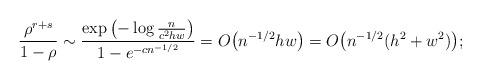
LaTeX: \begin{align*}\frac{\rho^{r+s}}{1-\rho}\sim\frac{\exp\left(-\log\tfrac{n}{c^2hw}\right)}{1-e^{-cn^{-1/2}}}=O\bigl(n^{-1/2}hw\bigr)=O\bigl(n^{-1/2}(h^2+w^2)\bigr);\end{align*}